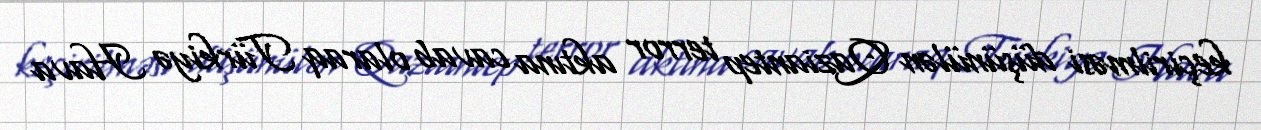
keçirilməsi düşünülən Qaziantep terror aktına cavab olaraq Türkiyə Hava